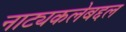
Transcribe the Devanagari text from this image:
नाट्यकलेबद्दल